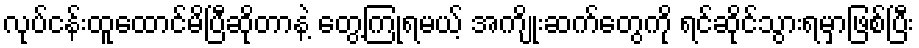
လုပ်ငန်းထူထောင်မိပြီဆိုတာနဲ့ တွေ့ကြုံရမယ့် အကျိုးဆက်တွေကို ရင်ဆိုင်သွားရမှာဖြစ်ပြီး